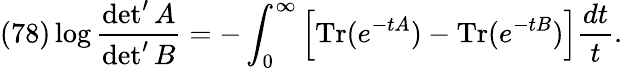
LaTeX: (78)\log\frac{\operatorname*{det}^{\prime}A}{\operatorname*{det}^{\prime}B}=-\int_{0}^{\infty}\left[\mathrm{Tr}(e^{-tA})-\mathrm{Tr}(e^{-tB})\right]\frac{dt}{t}.